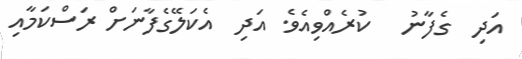
އަދި  ގެފާނު   ކުރެއްވިއެވެ. އަދި  އެކަލޭގެފާނަށް ރަސްކަމާއި